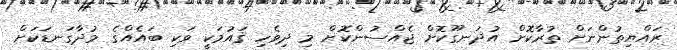
ރައްޔިތުންނަށް ތުރާކޮށް އުދަނގޫކޮށް ޖެއްސުންކޮށް މި ދިވެހި ޤައުމަކީ ވަކި ބައެއްގެ މުދާގަނޑަކަށް